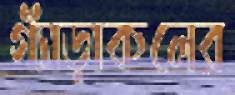
গ্যাঁড়াকলের